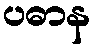
ပဓာန